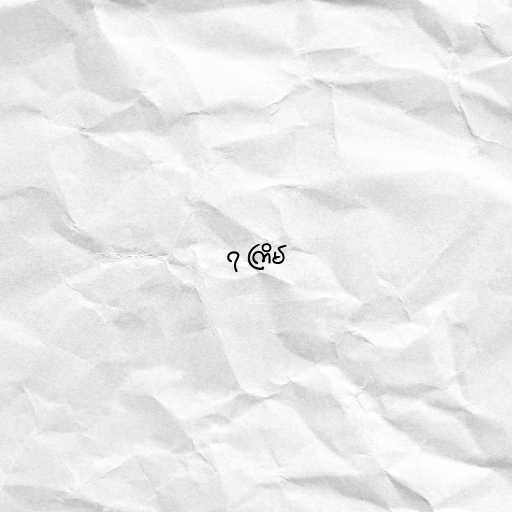
၇ ကြိမ်